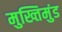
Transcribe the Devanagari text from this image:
मुख्तिमुंड